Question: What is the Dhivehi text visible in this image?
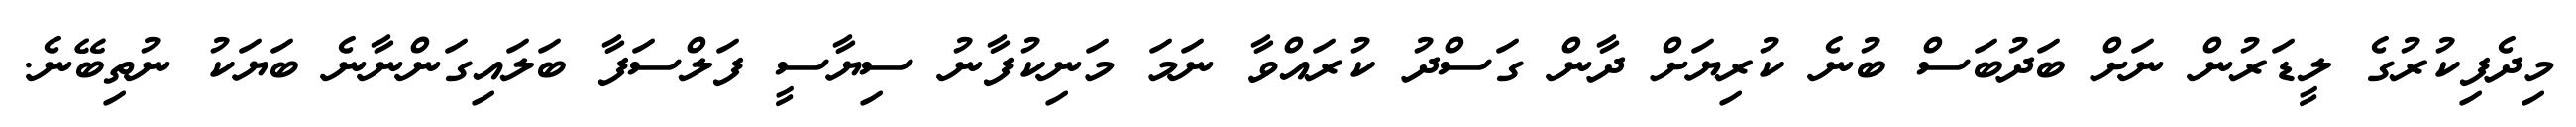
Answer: މިދެފިކުރުގެ ލީޑަރުން ނަށް ބަދުބަސް ބުނެ ކުރިޔަށް ދާން ގަސްދު ކުރައްވާ ނަމަ މަނިކުފާނު ސިޔާސީ ފަލްސަފާ ބަލައިގަންނާނެ ބަޔަކު ނުތިބޭނެ.